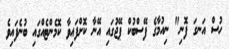
ހުސް އަނގަ ފޮނި" ނިއުމާގެ ފޭސްބުކް ޕޭޖުގައި އޭނާ ކޮށްފައިވާ ކޮމެންޓެއްގައި ބުނެފައިވެ